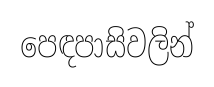
පෙඳපාසිවලින්